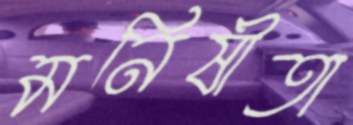
মনিষীতা